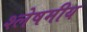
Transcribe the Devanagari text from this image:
श्लेषमीय